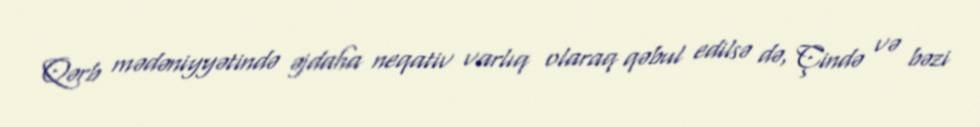
Qərb mədəniyyətində əjdaha neqativ varlıq olaraq qəbul edilsə də, Çində və bəzi